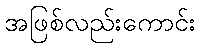
အဖြစ်လည်းကောင်း